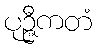
ပုဉ္ဇီကတံ